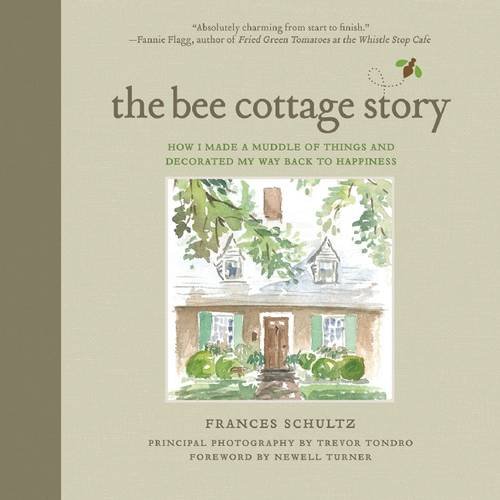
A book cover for The Bee Cottage Story: How I Made a Muddle of Things and Decorated My Way Back to Happiness; Frances Schultz; Crafts, Hobbies & Home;